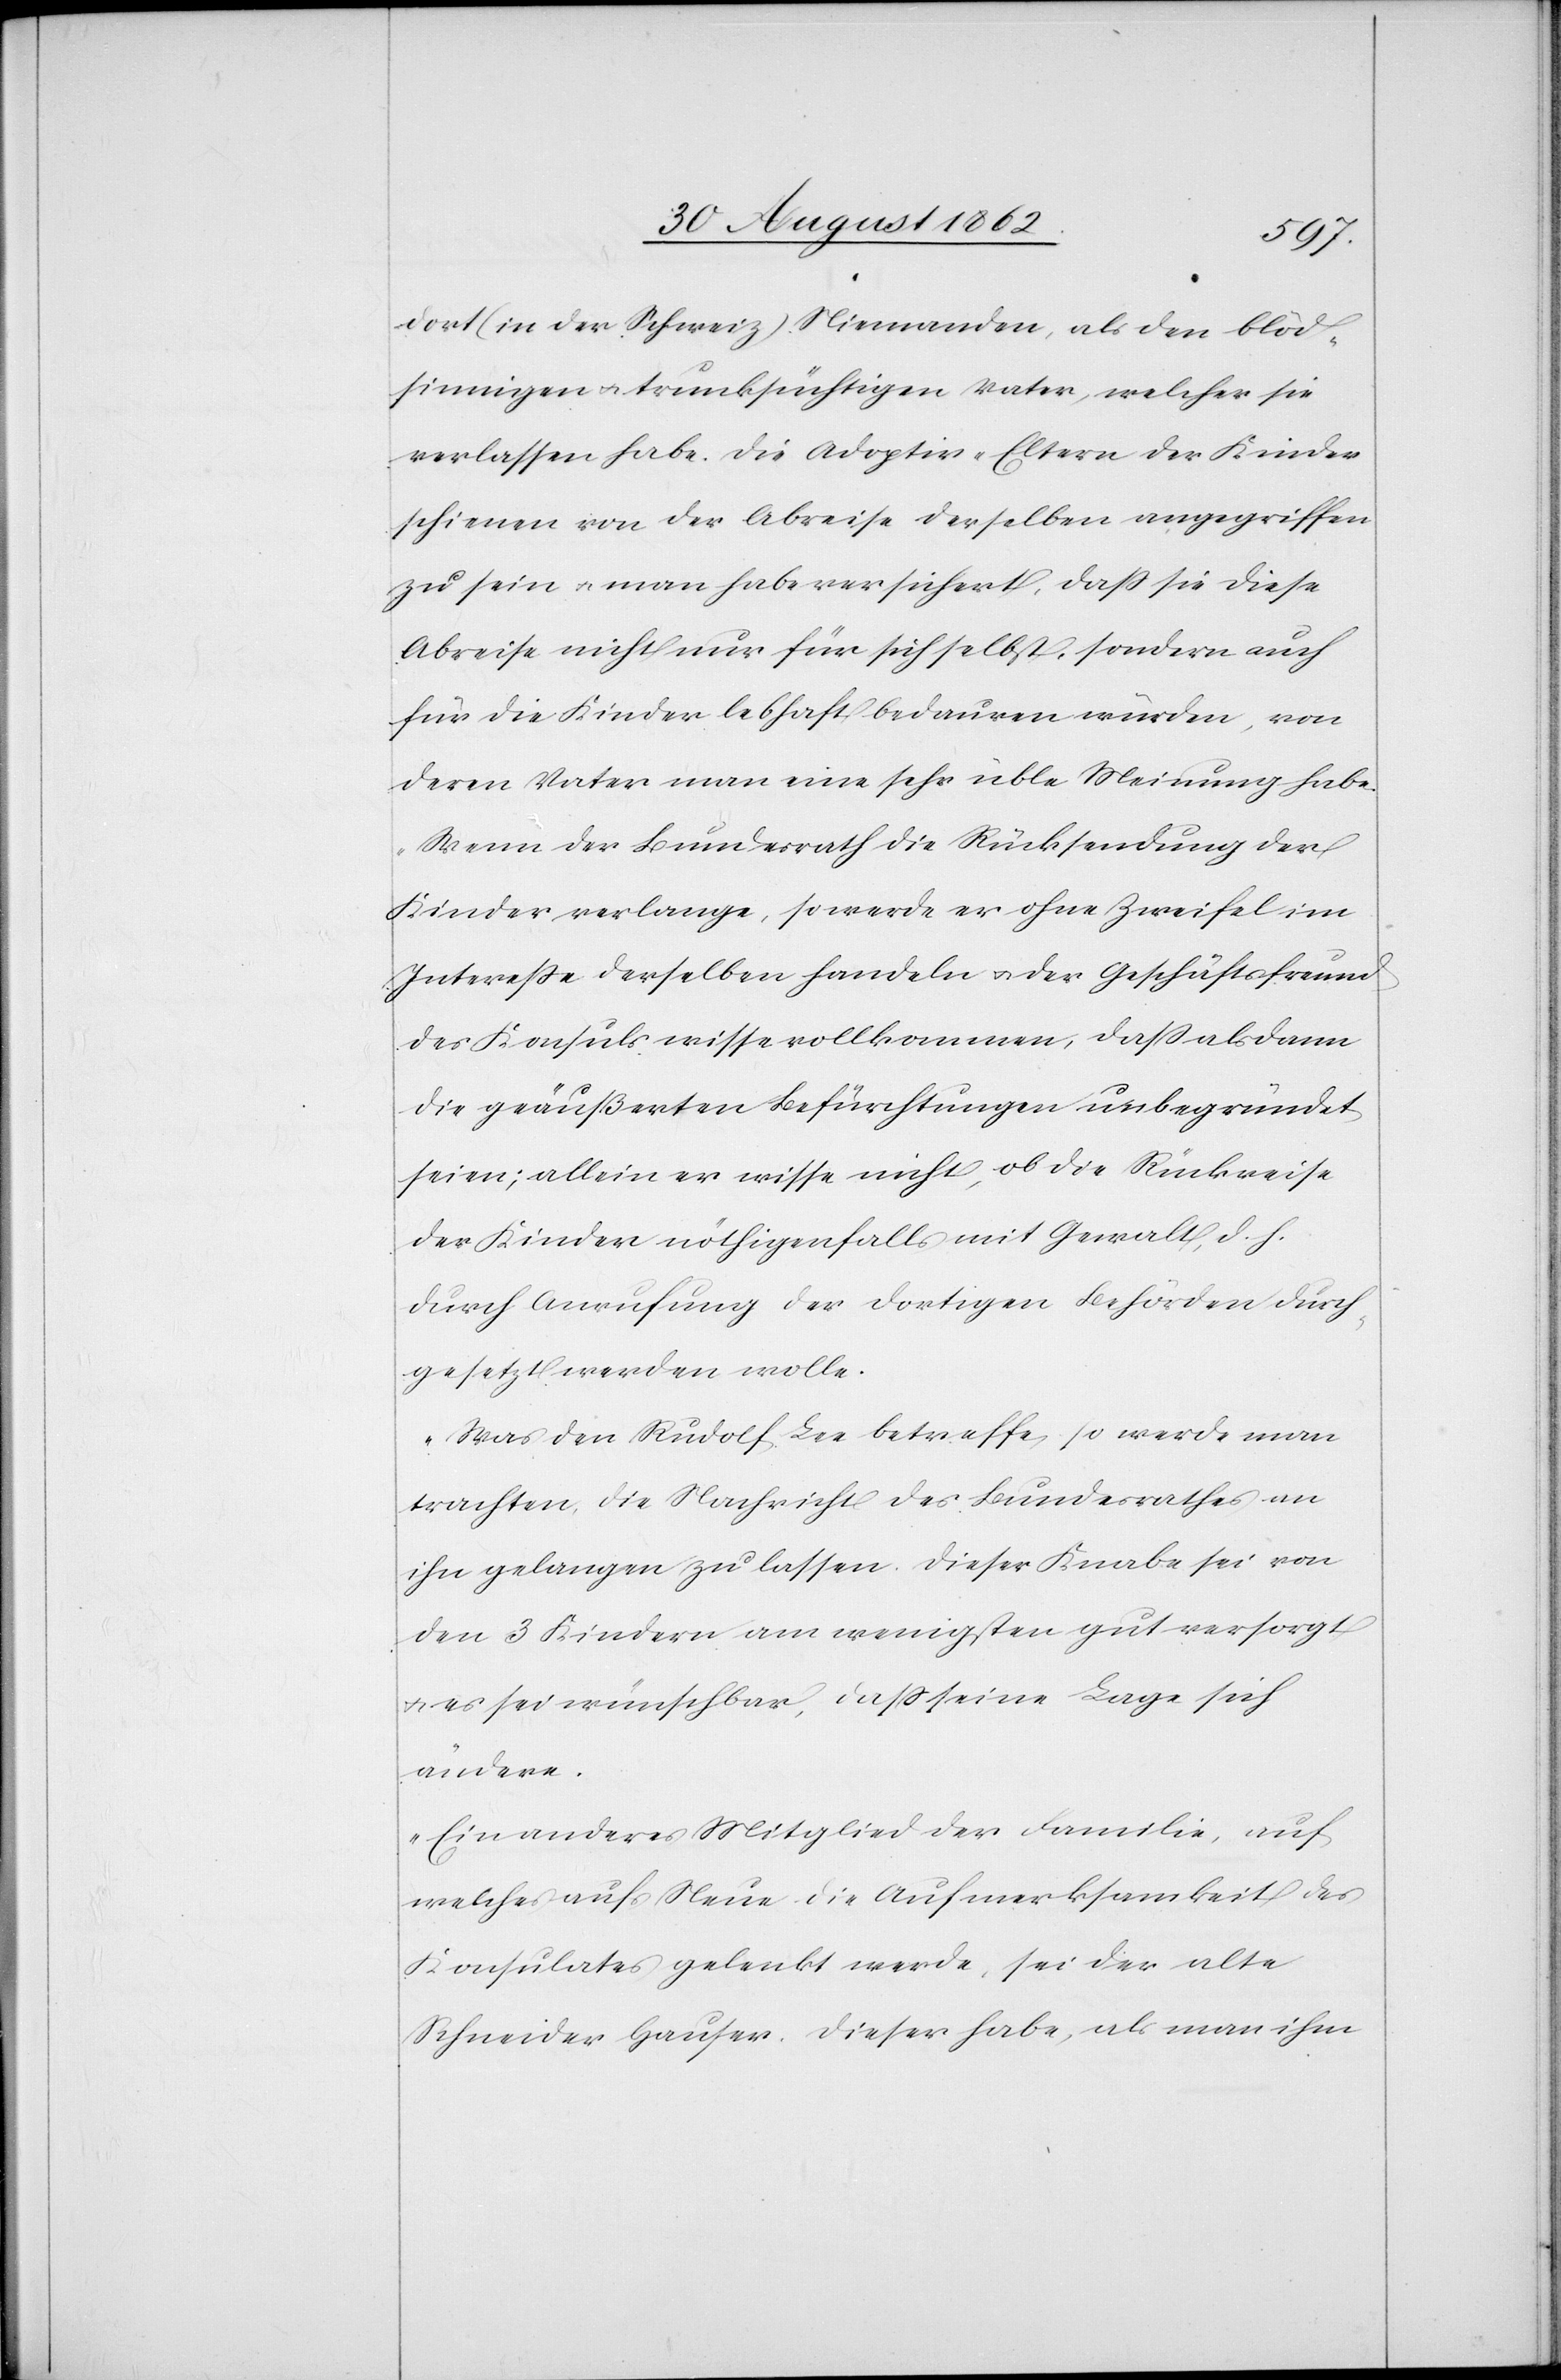
dort (in der Schweiz) Niemanden, als den blöd¬
sinnigen u. trunksüchtigen Vater, welcher sie
verlassen habe. Die Adoptiv-Eltern der Kinder
scheinen von der Abreise derselben angegriffen
zu sein u. man habe versichert, daß sie diese
Abreise nicht nur für sich selbst, sondern auch
für die Kinder lebhaft bedauren würden, von
deren Vater man eine sehr üble Meinung habe.
Wenn der Bundesrath die Rücksendung der
Kinder verlange, so werde er ohne Zweifel im
Intereße derselben handeln u. der Geschäftsfreund
des Konsuls wisse vollkommen, daß alsdann
die geäußerten Befürchtungen unbegründet
seien; allein er wisse nicht, ob die Rückreise
der Kinder nöthigenfalls mit Gewalt, d. h.
durch Anrufung der dortigen Behörden durch¬
gesetzt werden wolle.
Was den Rudolf Lee betreffe, so werde man
trachten, die Nachricht des Bundesrathes an
ihn gelangen zu lasen. Dieser Knabe sei von
den 3 Kindern am wenigsten gut versorgt
u. es sei wünschbar, daß seine Lage sich
ändere.
Ein anderes Mitglied der Familie, auf
welches aufs Neue die Aufmerksamkeit des
Konsulates gelenkt werde, sei der alte
Schneider Hauser. Dieser habe, als man ihm